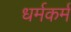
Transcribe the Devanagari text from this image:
धर्मकर्म